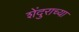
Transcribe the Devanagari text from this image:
शेंदुराच्या